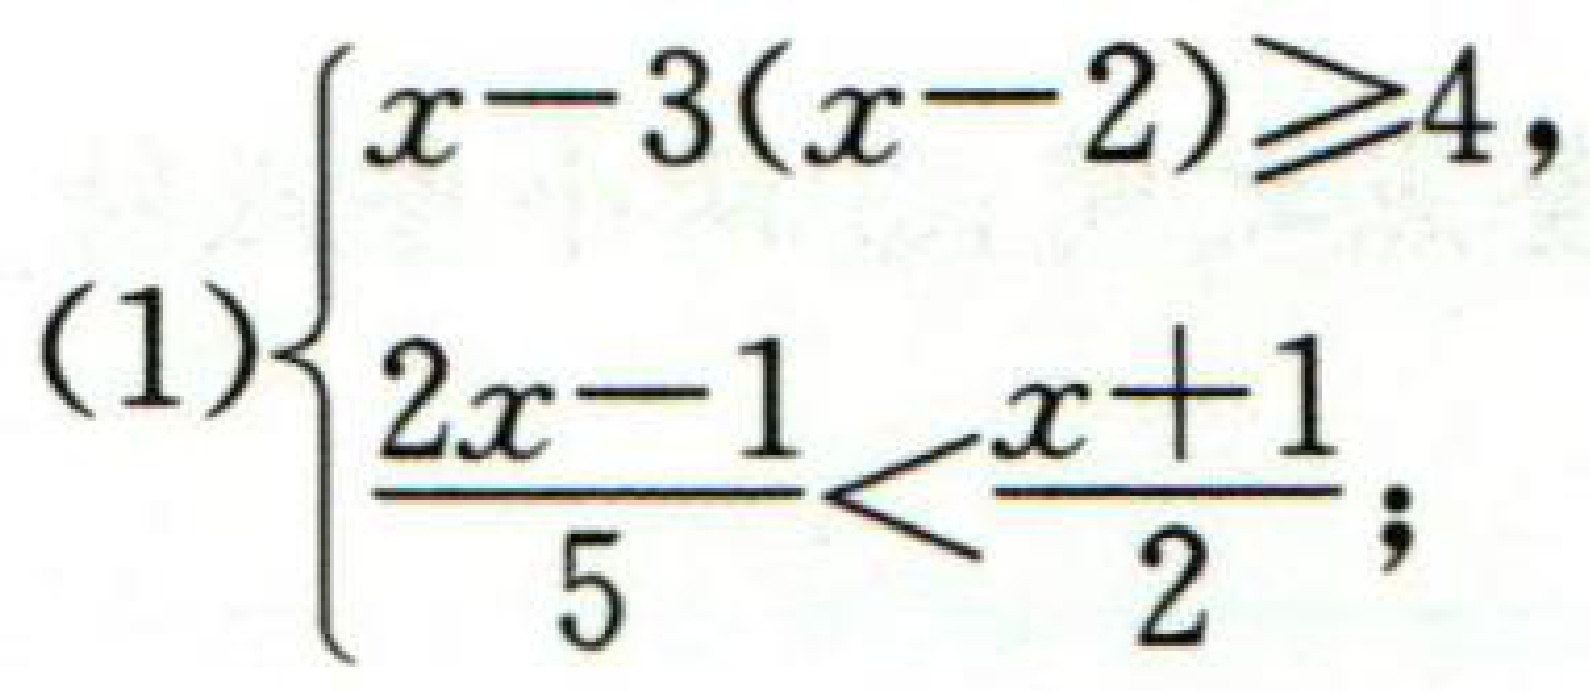
\((1)\begin{cases}
x - 3(x - 2)\geqslant4,\\
\dfrac{2x - 1}{5}<\dfrac{x + 1}{2};
\end{cases}\)